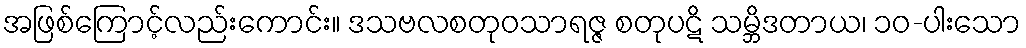
အဖြစ်ကြောင့်လည်းကောင်း။ ဒသဗလစတုဝသာရဇ္ဇ စတုပဋိ သမ္ဘိဒတာယ၊ ၁၀-ပါးသော